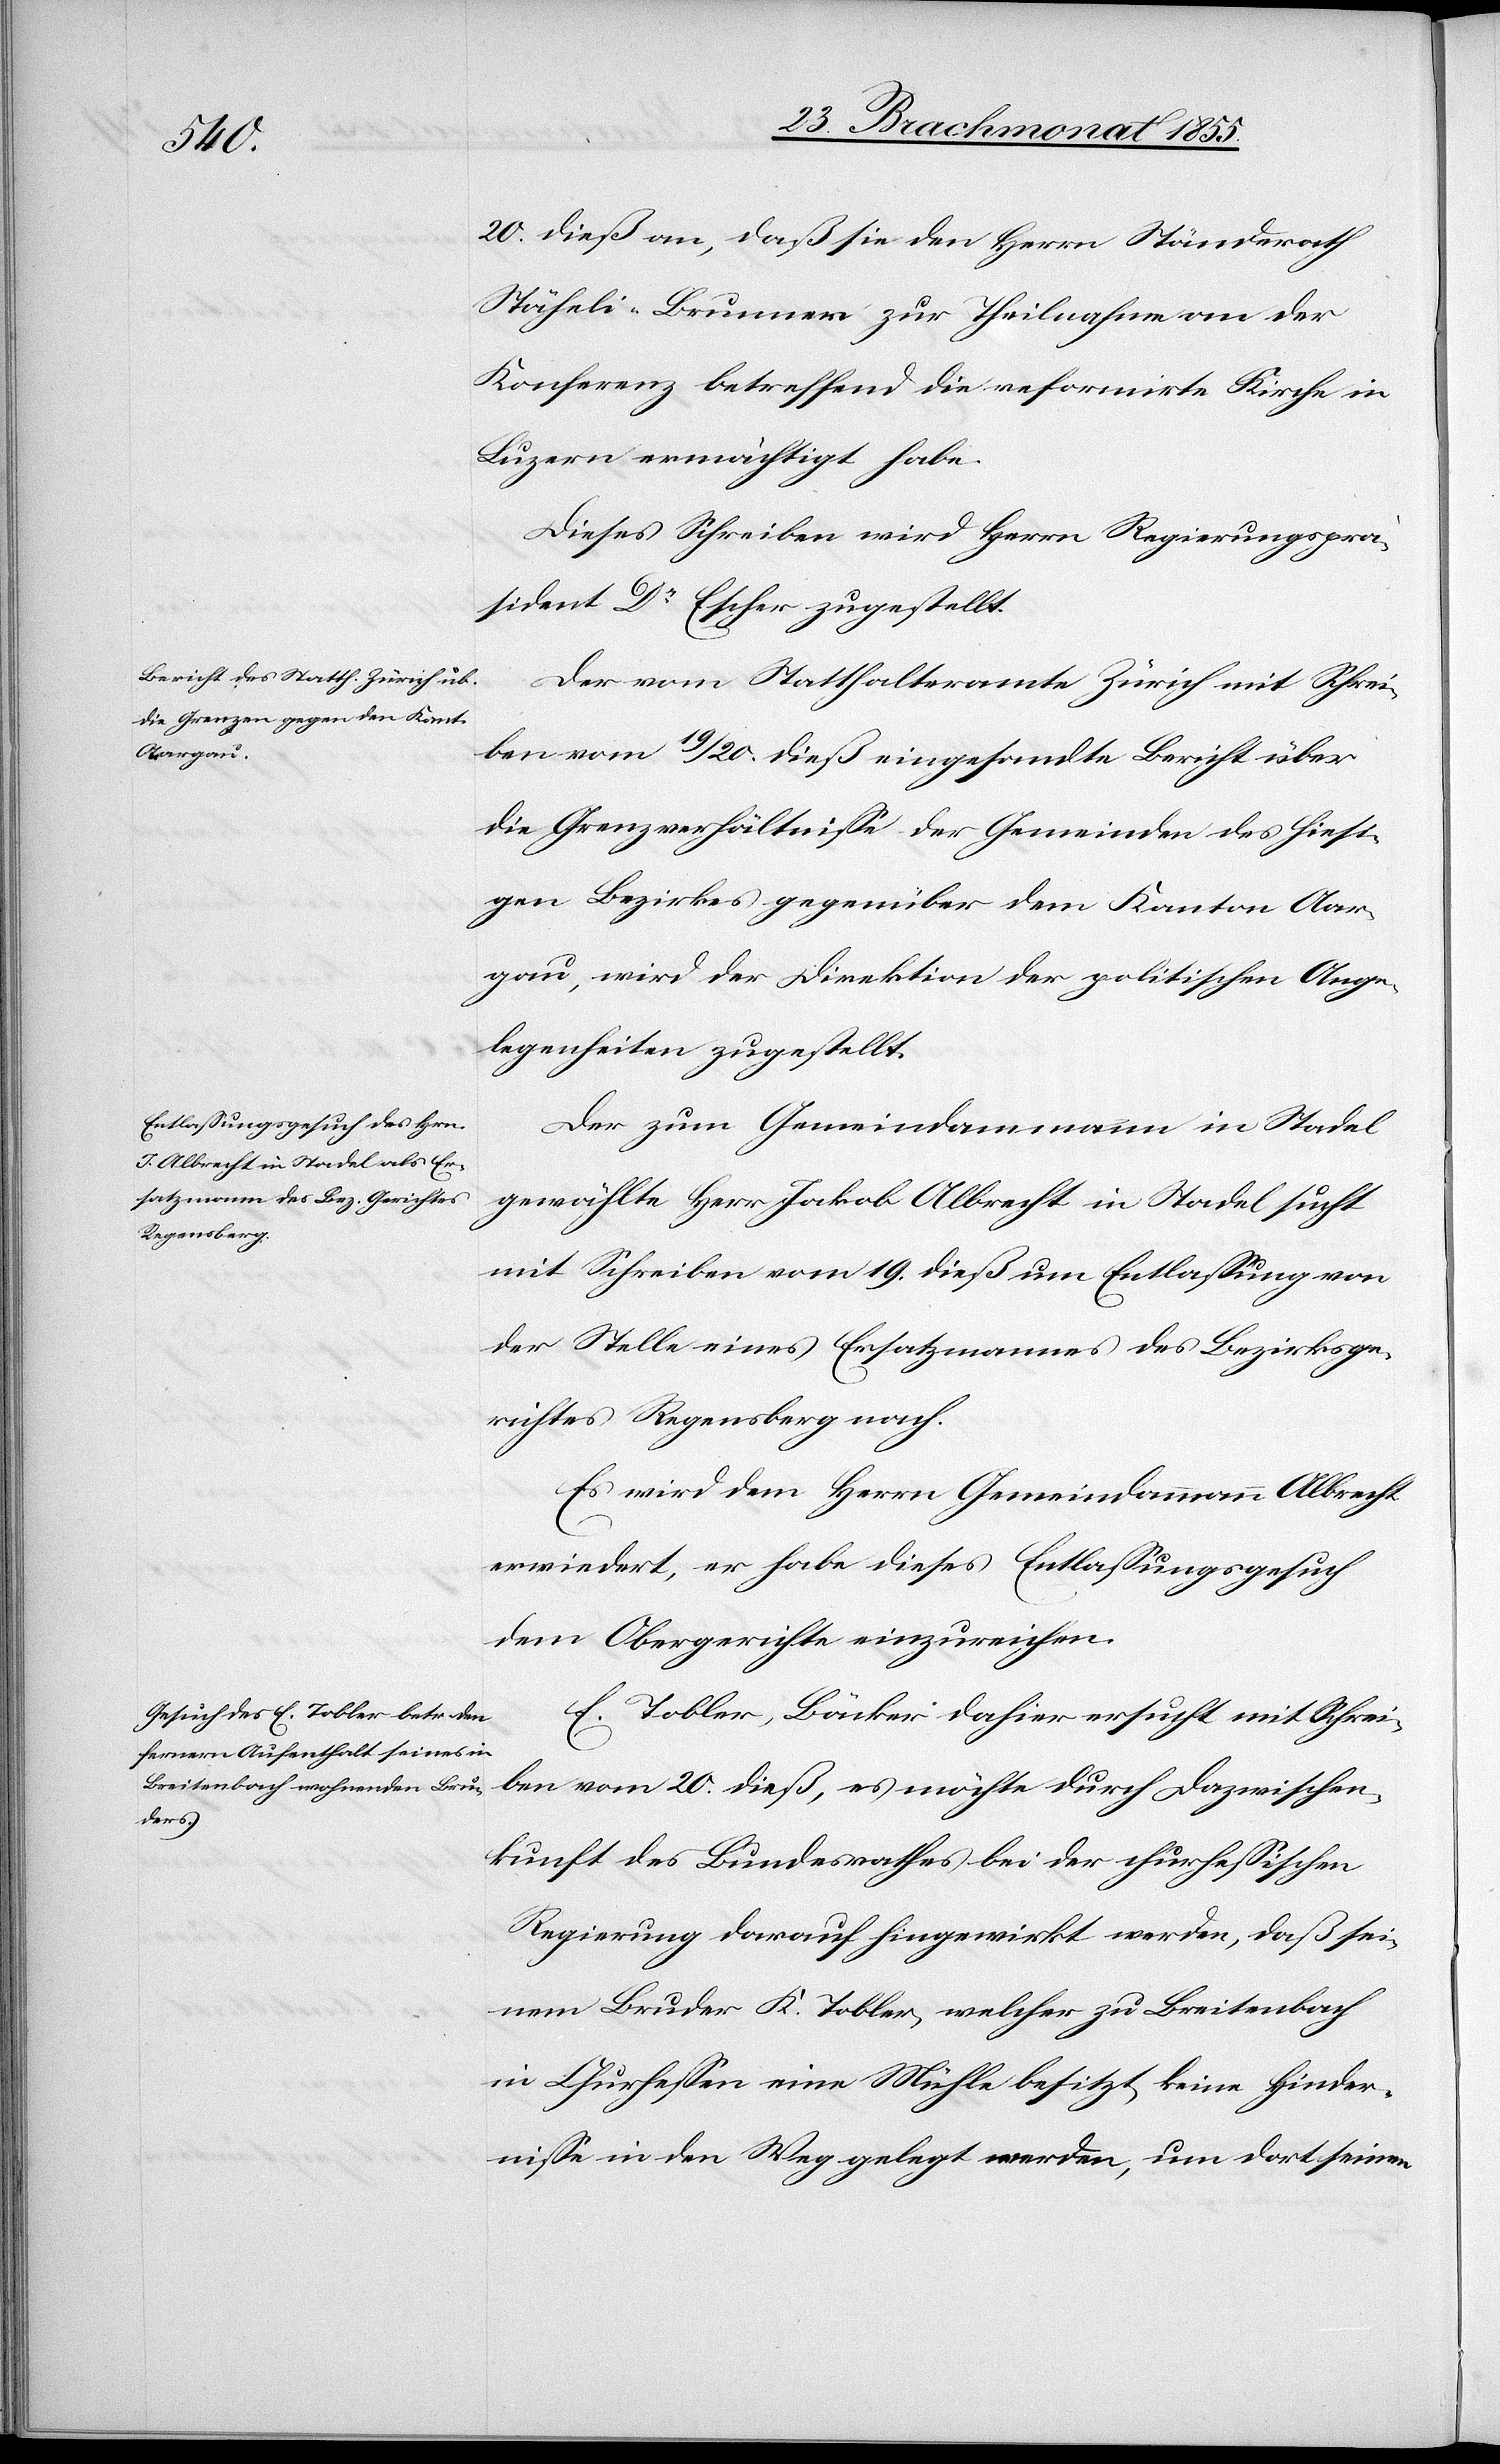
20. dieß an, daß sie den Herrn Ständerath
Stäheli-Brunner zur Theilnahme an der
Konferenz betreffend die reformirte Kirche in
Luzern ermächtigt habe.
Dieses Schreiben wird Herrn Regierungsprä¬
sident Dr. Escher zugestellt.
Der vom Statthalteramte Zürich mit Schrei¬
ben vom 19 / 20. dieß eingesandte Bericht über
die Grenzverhältnisse der Gemeinden des hiesi¬
gen Bezirkes gegenüber dem Kanton Aar¬
gau, wird der Direktion der politischen Ange¬
legenheiten zugestellt.
Der zum Gemeindammann in Stadel
gewählte Herr Jakob Albrecht in Stadel sucht
mit Schreiben vom 19. dieß um Entlassung von
der Stelle eines Ersatzmannes des Bezirksge¬
richtes Regensberg nach.
Es wird dem Herrn Gemeindammann Albrecht
erwiedert, er habe dieses Entlassungsgesuch
dem Obergerichte einzureichen.
E. Tobler, Bäcker dahier ersucht mit Schrei¬
ben vom 20. dieß, es möchte durch Dazwischen¬
kunft des Bundesrathes bei der churhessischen
Regierung darauf hingewirkt werden, daß sei¬
nem Bruder K. Tobler, welcher zu Breitenbach
in Churhessen eine Mühle besitzt, keine Hinder¬
nisse in den Weg gelegt werden, um dort seinen